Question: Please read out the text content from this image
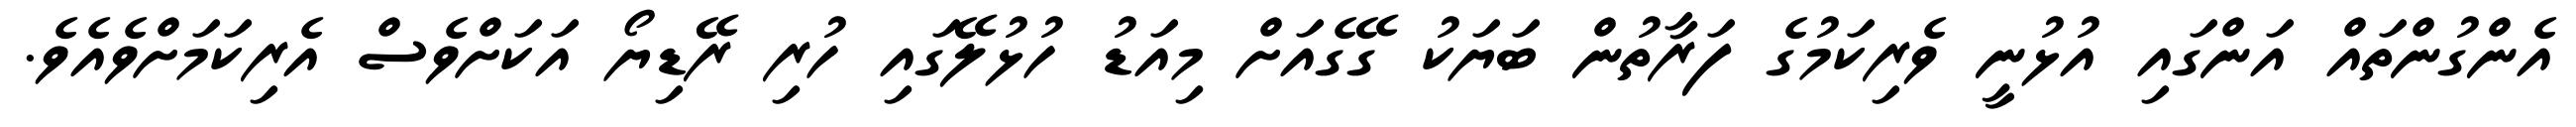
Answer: އެންގުންތައް އަންގައި އުޅުނީ ވެރިކަމުގެ ފަރާތުން ބަޔަކު ގޭގެއަށް މިއަޑު ހުޅުލޭގައި ހުރި ރޭޑިޔޯ އަކަށްވެސް އެރިކަމަށްވެއެވެ.